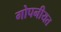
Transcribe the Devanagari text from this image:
गोपनीयत